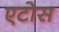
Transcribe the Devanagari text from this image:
एटोस